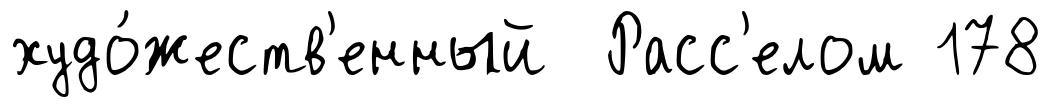
худо́жеств'енный Расс'елом 178